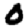
Digit: 0